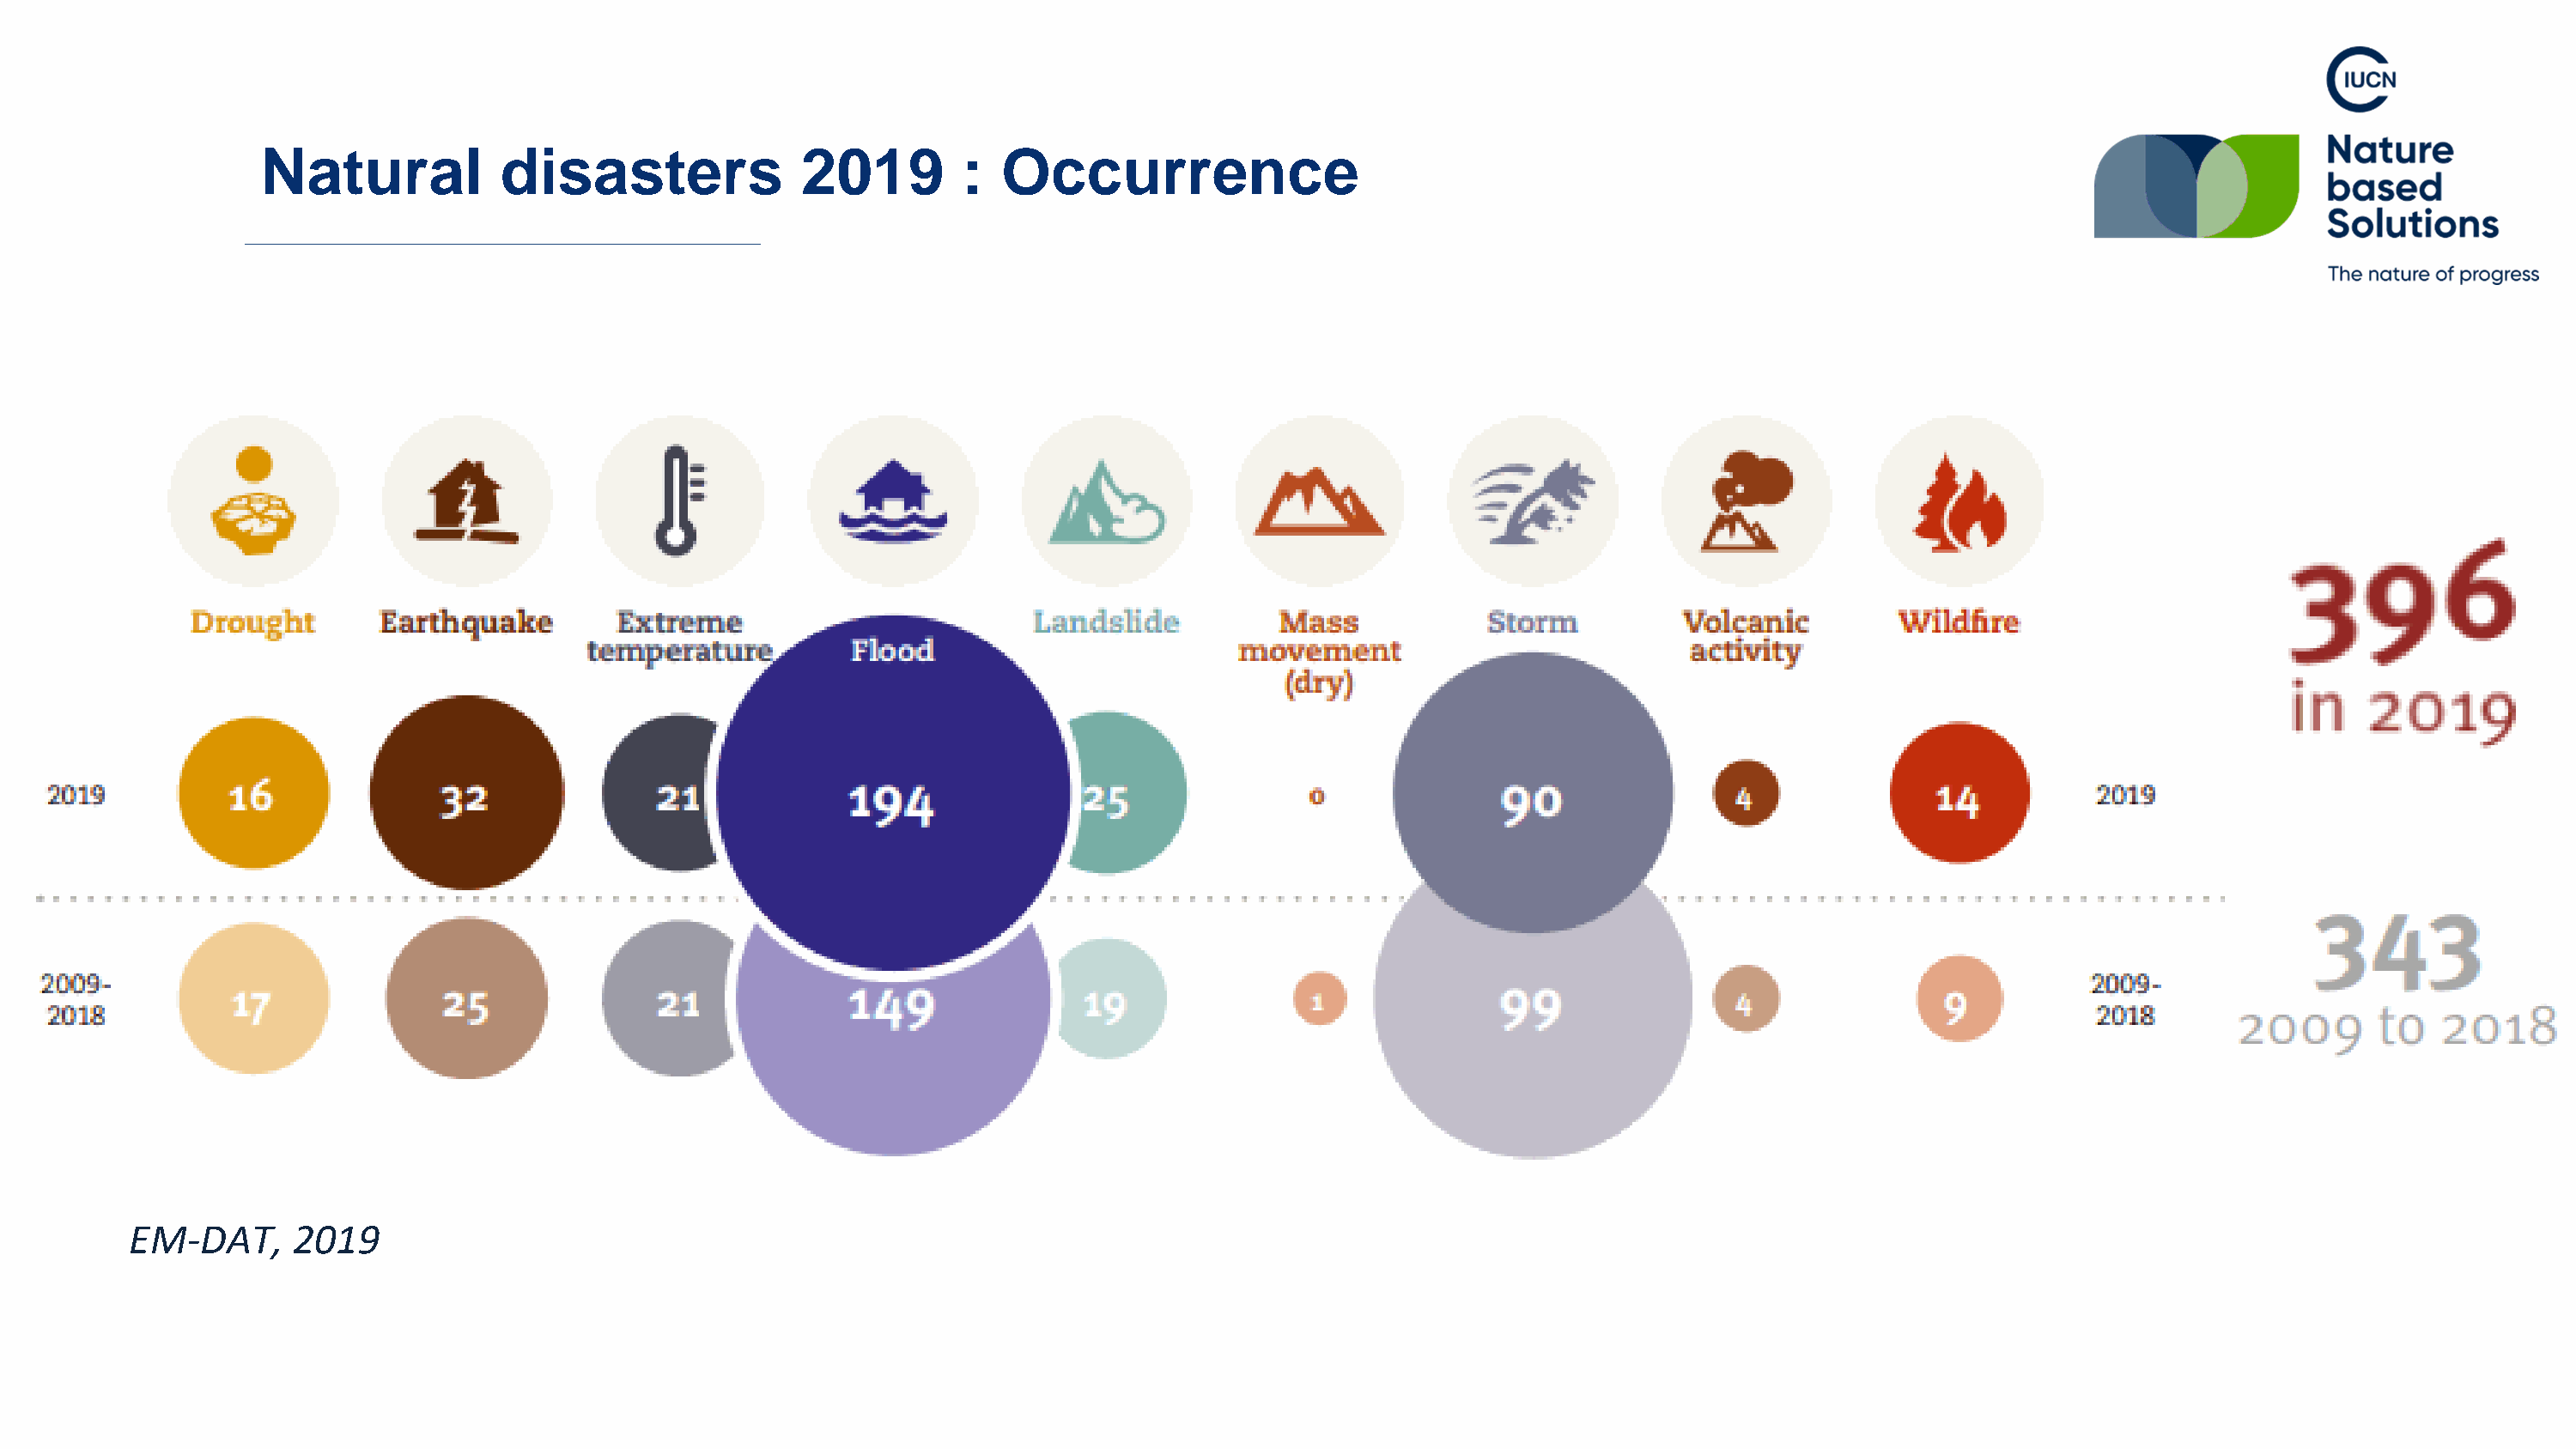
Natural            disasters              2019        :  Occurrence
 EM-DAT,      2019